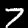
Digit: 7